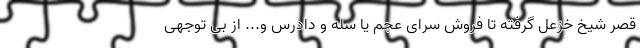
قصر شیخ خزعل گرفته تا فروش سرای عجم یا سله و دادرس و... از بی توجهی